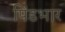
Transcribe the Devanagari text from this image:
पिंडभार